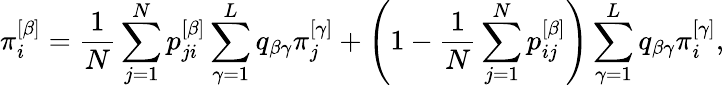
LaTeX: \pi_{i}^{\left[\beta\right]}=\frac{1}{N}\sum_{j=1}^{N}p_{ji}^{\left[\beta\right]}\sum_{\gamma=1}^{L}q_{\beta\gamma}\pi_{j}^{\left[\gamma\right]}+\left(1-\frac{1}{N}\sum_{j=1}^{N}p_{ij}^{\left[\beta\right]}\right)\sum_{\gamma=1}^{L}q_{\beta\gamma}\pi_{i}^{\left[\gamma\right]},